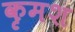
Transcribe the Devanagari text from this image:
कृमश